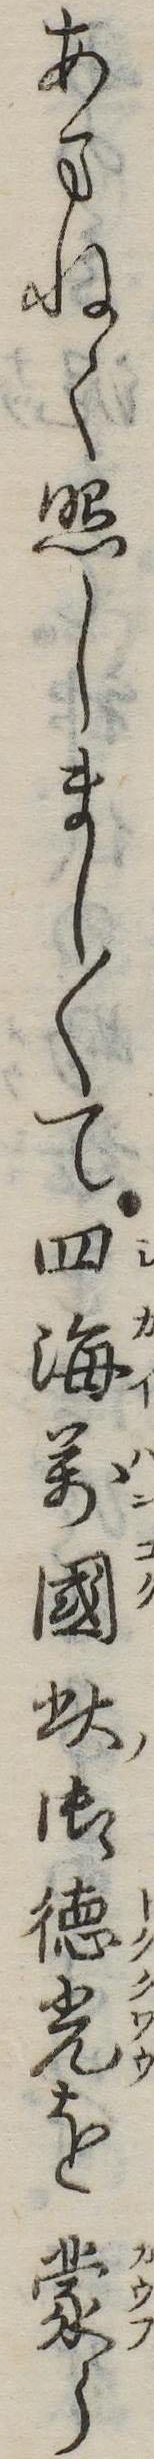
あまねく照しまし〱て四海万国此御徳光を蒙ら